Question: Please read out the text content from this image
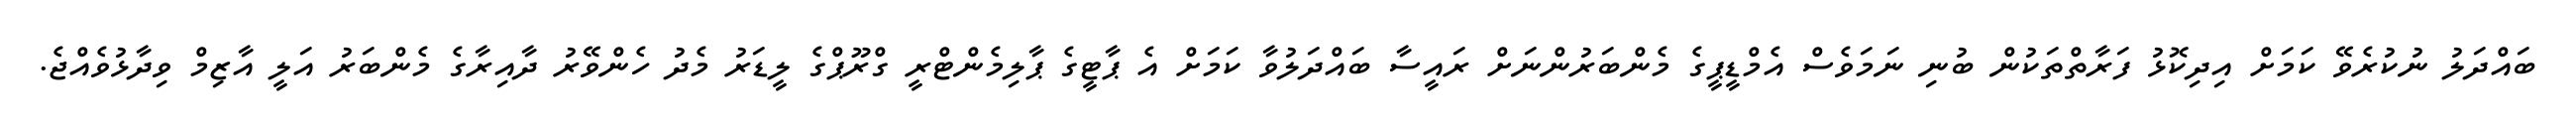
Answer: ބައްދަލު ނުކުރެވޭ ކަމަށް އިދިކޮޅު ފަރާތްތަކުން ބުނި ނަމަވެސް އެމްޑީޕީގެ މެންބަރުންނަށް ރައީސާ ބައްދަލުވާ ކަމަށް އެ ޕާޓީގެ ޕާލިމެންޓްރީ ގްރޫޕްގެ ލީޑަރު މެދު ހެންވޭރު ދާއިރާގެ މެންބަރު އަލީ އާޒިމް ވިދާޅުވެއްޖެ.